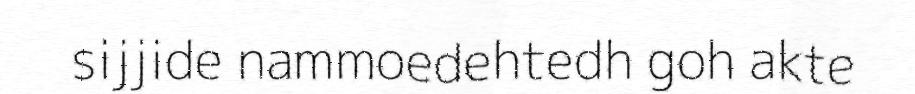
sijjide nammoedehtedh goh akte